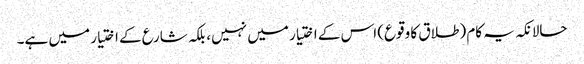
حالانکہ یہ کام (طلاق کا وقوع) اس کے اختیار میں نہیں، بلکہ شارع کے اختیار میں ہے۔